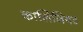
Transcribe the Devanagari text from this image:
कालिजियट